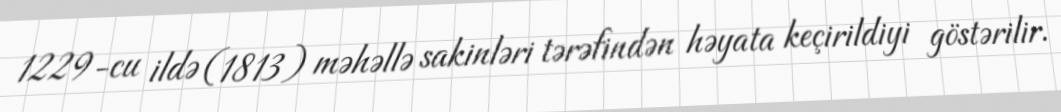
1229-cu ildə (1813) məhəllə sakinləri tərəfindən həyata keçirildiyi göstərilir.